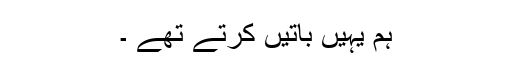
ہم یہیں باتیں کرتے تھے ۔